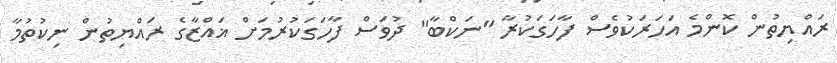
ރައްޔިތުން ކޮންމެ އަހަރަކުވެސް ފާހަގަކުރާ "ނަކްބާ" ދުވަސް ފާހަގަކުރުމަށް ޣައްޒާގެ ރައްޔިތުން ނިކުތުމާ